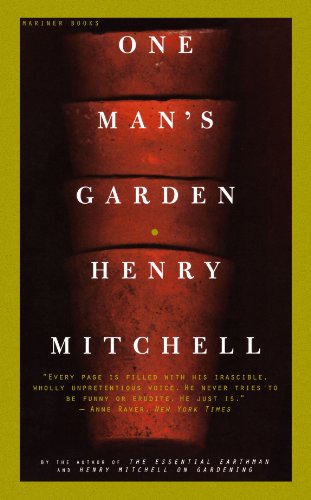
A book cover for One Man's Garden; Henry Mitchell; Crafts, Hobbies & Home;